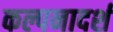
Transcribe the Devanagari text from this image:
कल्पनादर्श